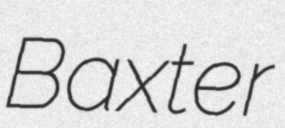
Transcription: Baxter